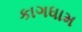
કાગધામ